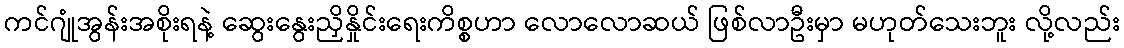
ကင်ဂျုံအွန်းအစိုးရနဲ့ ဆွေးနွေးညှိနှိုင်းရေးကိစ္စဟာ လောလောဆယ် ဖြစ်လာဦးမှာ မဟုတ်သေးဘူး လို့လည်း